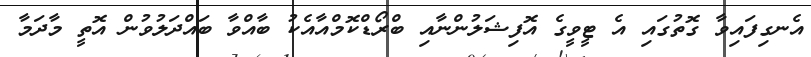
އެނގިފައިވާ ގޮތުގައި އެ ޓީވީގެ އޮފިޝަލުންނާއި ބްރޯޑްކޮމްއާއެކު ބާއްވާ ބައްދަލުވުން އޮތީ މާދަމާ